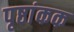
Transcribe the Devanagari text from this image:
पृष्ठांकक